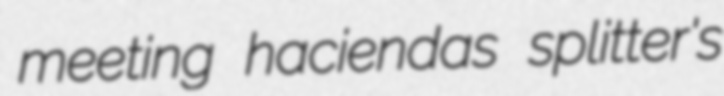
meeting haciendas splitter's